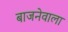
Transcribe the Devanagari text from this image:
बाजनेवाला